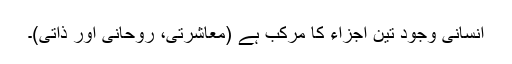
انسانی وجود تین اجزاء کا مرکب ہے (معاشرتی، روحانی اور ذاتی)۔